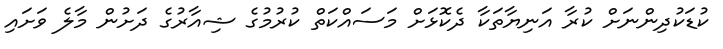
ކުޑަކުދިންނަށް ކުރާ އަނިޔާތަކާ ދެކޮޅަށް މަސައްކަތް ކުރުމުގެ ޝިއާރުގެ ދަށުން މާލެ ވަށައި